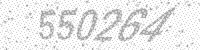
Solution: 550264